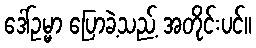
ဒေါ်ဥမ္မာ ပြောခဲ့သည့် အတိုင်းပင်။